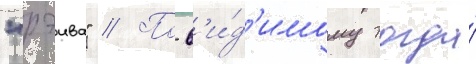
"рэива" // По-в'и́д'имому тогда́